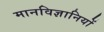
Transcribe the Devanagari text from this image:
मानविज्ञानियों